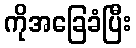
ကိုအခြေခံပြီး